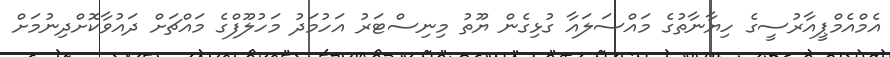
އެމްއެމްޕީއާރުސީގެ ހިޔާނާތުގެ މައްސަލައާ ގުޅިގެން ޔޫތު މިނިސްޓަރު އަހުމަދު މަހުލޫފްގެ މައްޗަށް ދައުވާކޮށްދިނުމަށް